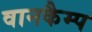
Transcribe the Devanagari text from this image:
वानकैम्प